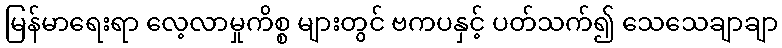
မြန်မာရေးရာ လေ့လာမှုကိစ္စ များတွင် ဗကပနှင့် ပတ်သက်၍ သေသေချာချာ